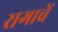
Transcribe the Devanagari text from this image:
रागाचें